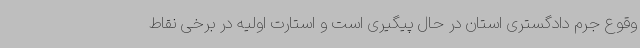
وقوع جرم دادگستری استان در حال پیگیری است و استارت اولیه در برخی نقاط